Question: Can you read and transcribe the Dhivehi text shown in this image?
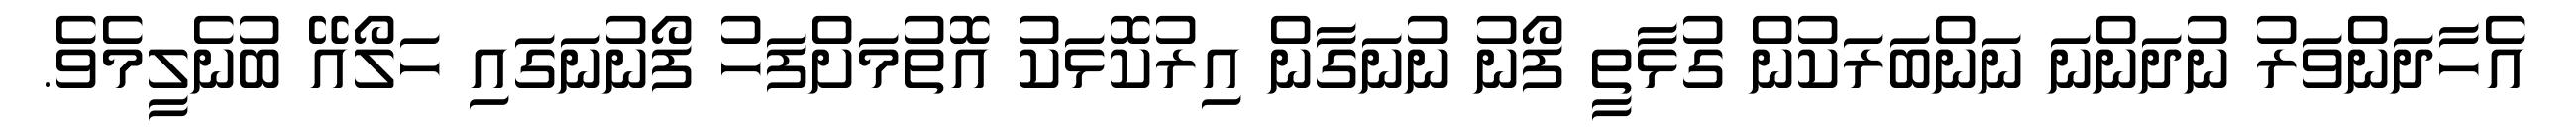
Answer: އެހާދަންވަރު ނުދަންނަ ނަންބަރަކުން ގުޅާތީ ފޯނު ނުނަގާން އިރުކޮޅަކު އޮތުމަށްފަހު ފޯނުނަގައި ހަލޯއޭ ބުނެލީމެވެ.